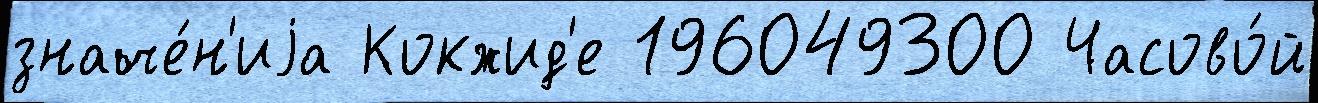
значе́н'иjа Кокжид'е 196049300 Часово́й